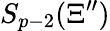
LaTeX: S_{p-2}(\Xi^{\prime\prime})